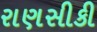
રાણસીકી